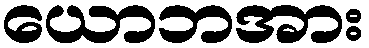
ယောဘအား